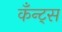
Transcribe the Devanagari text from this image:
कँन्ट्‌स